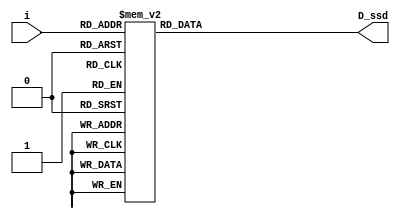
`timescale 1ns / 1ps

//define segment codes
`define SS_0 7'b0000001
`define SS_1 7'b1001111
`define SS_2 7'b0010010
`define SS_3 7'b0000110
`define SS_4 7'b1001100
`define SS_5 7'b0100100
`define SS_6 7'b0100000
`define SS_7 7'b0001111
`define SS_8 7'b0000000
`define SS_9 7'b0000100

module display(
    D_ssd,  //seven_segment output
    i       //input counter value
);
output [6:0] D_ssd;
input [3:0] i;
reg [6:0] D_ssd;

always @*
    case(i)
        4'd0:D_ssd = `SS_0;
        4'd1:D_ssd = `SS_1;
        4'd2:D_ssd = `SS_2;
        4'd3:D_ssd = `SS_3;
        4'd4:D_ssd = `SS_4;
        4'd5:D_ssd = `SS_5;
        4'd6:D_ssd = `SS_6;
        4'd7:D_ssd = `SS_7;
        4'd8:D_ssd = `SS_8;
        4'd9: D_ssd = `SS_9;
        default: D_ssd = 7'b1111111;
    endcase

endmodule